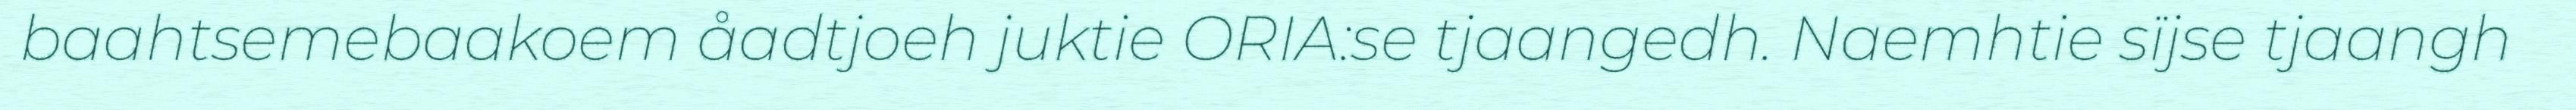
baahtsemebaakoem åadtjoeh juktie ORIA:se tjaangedh. Naemhtie sïjse tjaangh